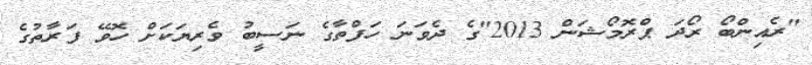
"ރެއިންބޯ ރޯދަ ޕްރޮމޯޝަން 2013"ގެ ދެވަނަ ހަފްތާގެ ނަސީބު ވެރިޔަކަށް ހޮވޭ ފަރާތުގެ